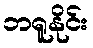
ဘရူနိုင်း